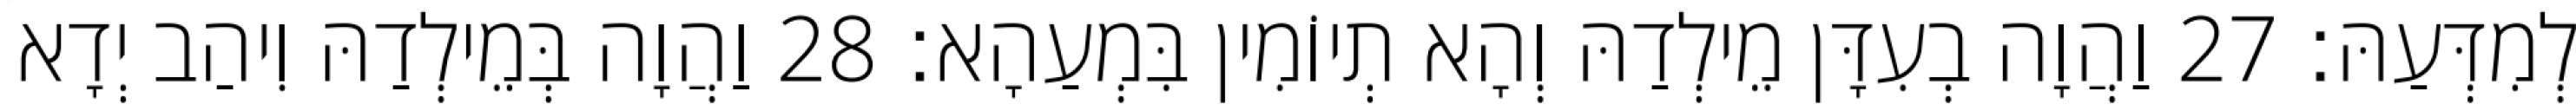
לְמִדְּעַהּ׃ 27 וַהֲוָה בְעִדָּן מֵילְדַהּ וְהָא תְיוֹמִין בִּמְעַהָא׃ 28 וַהֲוָה בְּמֵילְדַהּ וִיהַב יְדָא